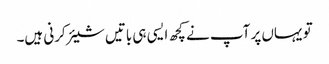
تو یہاں پر آپ نے کچھ ایسی ہی باتیں شیئر کرنی ہیں۔